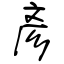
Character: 彥